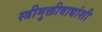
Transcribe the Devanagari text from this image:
स्त्रीमुक्तीवाद्यांशी